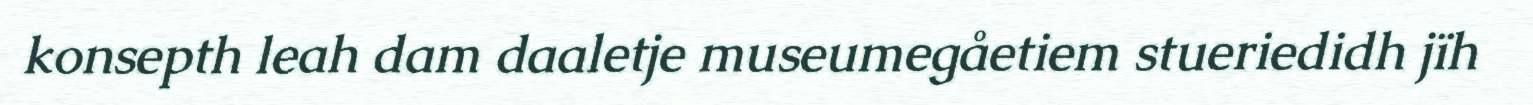
konsepth leah dam daaletje museumegåetiem stueriedidh jïh